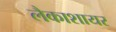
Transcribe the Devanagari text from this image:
लैकाशायर